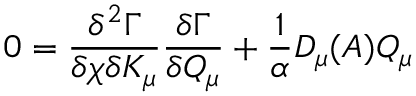
0 = \frac { \delta ^ { 2 } \Gamma } { \delta \chi \delta K _ { \mu } } \frac { \delta \Gamma } { \delta Q _ { \mu } } + \frac { 1 } { \alpha } D _ { \mu } ( A ) Q _ { \mu }